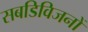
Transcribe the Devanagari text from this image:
सबडिविजनों